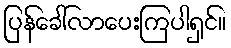
ပြန်ခေါ်လာပေးကြပါရှင်။